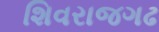
શિવરાજગઢ